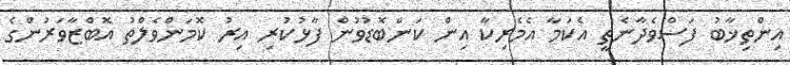
އިންތިޚާބު ފަސްވެދާނެތީ އެކަމާ އެމެރިކާ އިން ކަންބޮޑުވުން ފާޅުކުރި އިރު ކޮމަންވެލްތު އޮބްޒާވަރުންގެ